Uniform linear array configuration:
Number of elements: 8
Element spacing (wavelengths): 0.5
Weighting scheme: exponential
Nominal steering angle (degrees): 30
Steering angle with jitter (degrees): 29.373
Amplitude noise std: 0.05
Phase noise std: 0.05

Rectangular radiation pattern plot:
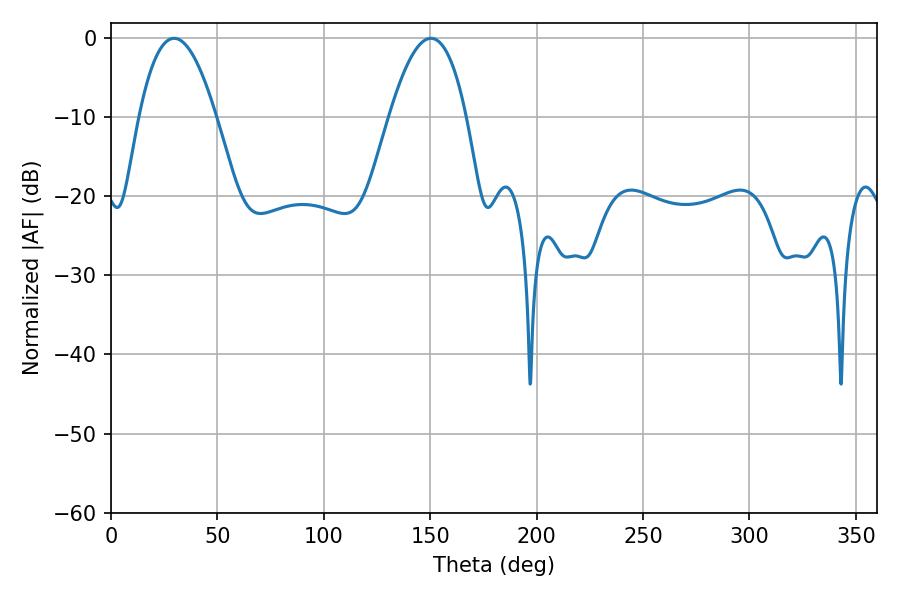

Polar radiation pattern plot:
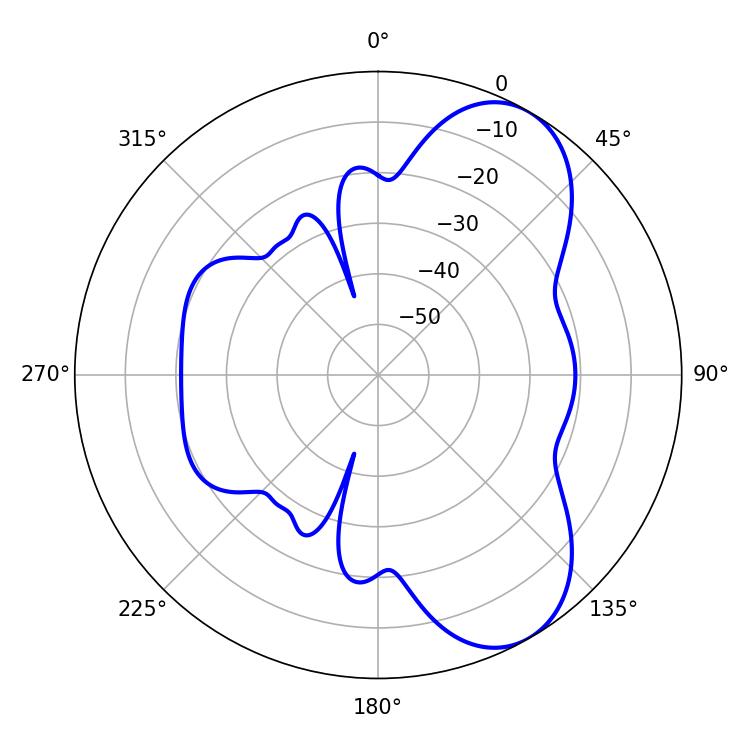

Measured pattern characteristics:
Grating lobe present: FALSE
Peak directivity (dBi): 7.31
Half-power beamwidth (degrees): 19.98
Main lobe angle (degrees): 29.7